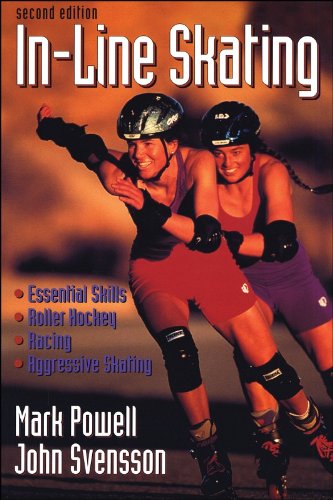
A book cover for Inline Skating - 2nd Edition; Mark Powell; Sports & Outdoors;